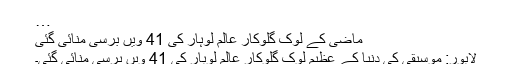
…
ماضی کے لوک گلوکار عالم لوہار کی 41 ویں برسی منائی گئی
لاہور: موسیقی کی دنیا کے عظیم لوک گلوکار عالم لوہار کی 41 ویں برسی منائی گئی۔